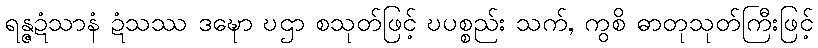
ရန္ဇဍံသာနံ ဍံသဿ ဒဍ္ဎော ဎဌာ စသုတ်ဖြင့် ဎပစ္စည်း သက်, ကွစိ ဓာတုသုတ်ကြီးဖြင့်